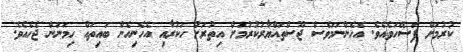
ކުރުމަށް ފަސޭހަވެއެވެ. އެހެންނަމަވެސް ޖޫސްތައްޔާރުކުރުމަށް އިތުރަށް ހަކުރާއި އެހެނިހެން ބައިތައް ހިމަނަން ޖެހެއެވެ.